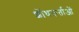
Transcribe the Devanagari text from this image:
शोंधकर्ताओं